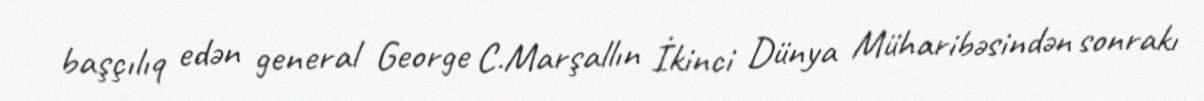
başçılıq edən general George C.Marşallın İkinci Dünya Müharibəsindən sonrakı